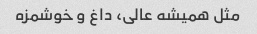
مثل همیشه عالی، داغ و خوشمزه